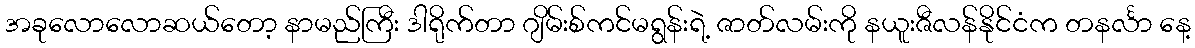
အခုလောလောဆယ်တော့ နာမည်ကြီး ဒါရိုက်တာ ဂျိမ်းစ်ကင်မရွန်းရဲ့ ဇာတ်လမ်းကို နယူးဇီလန်နိုင်ငံက တနင်္လာ နေ့